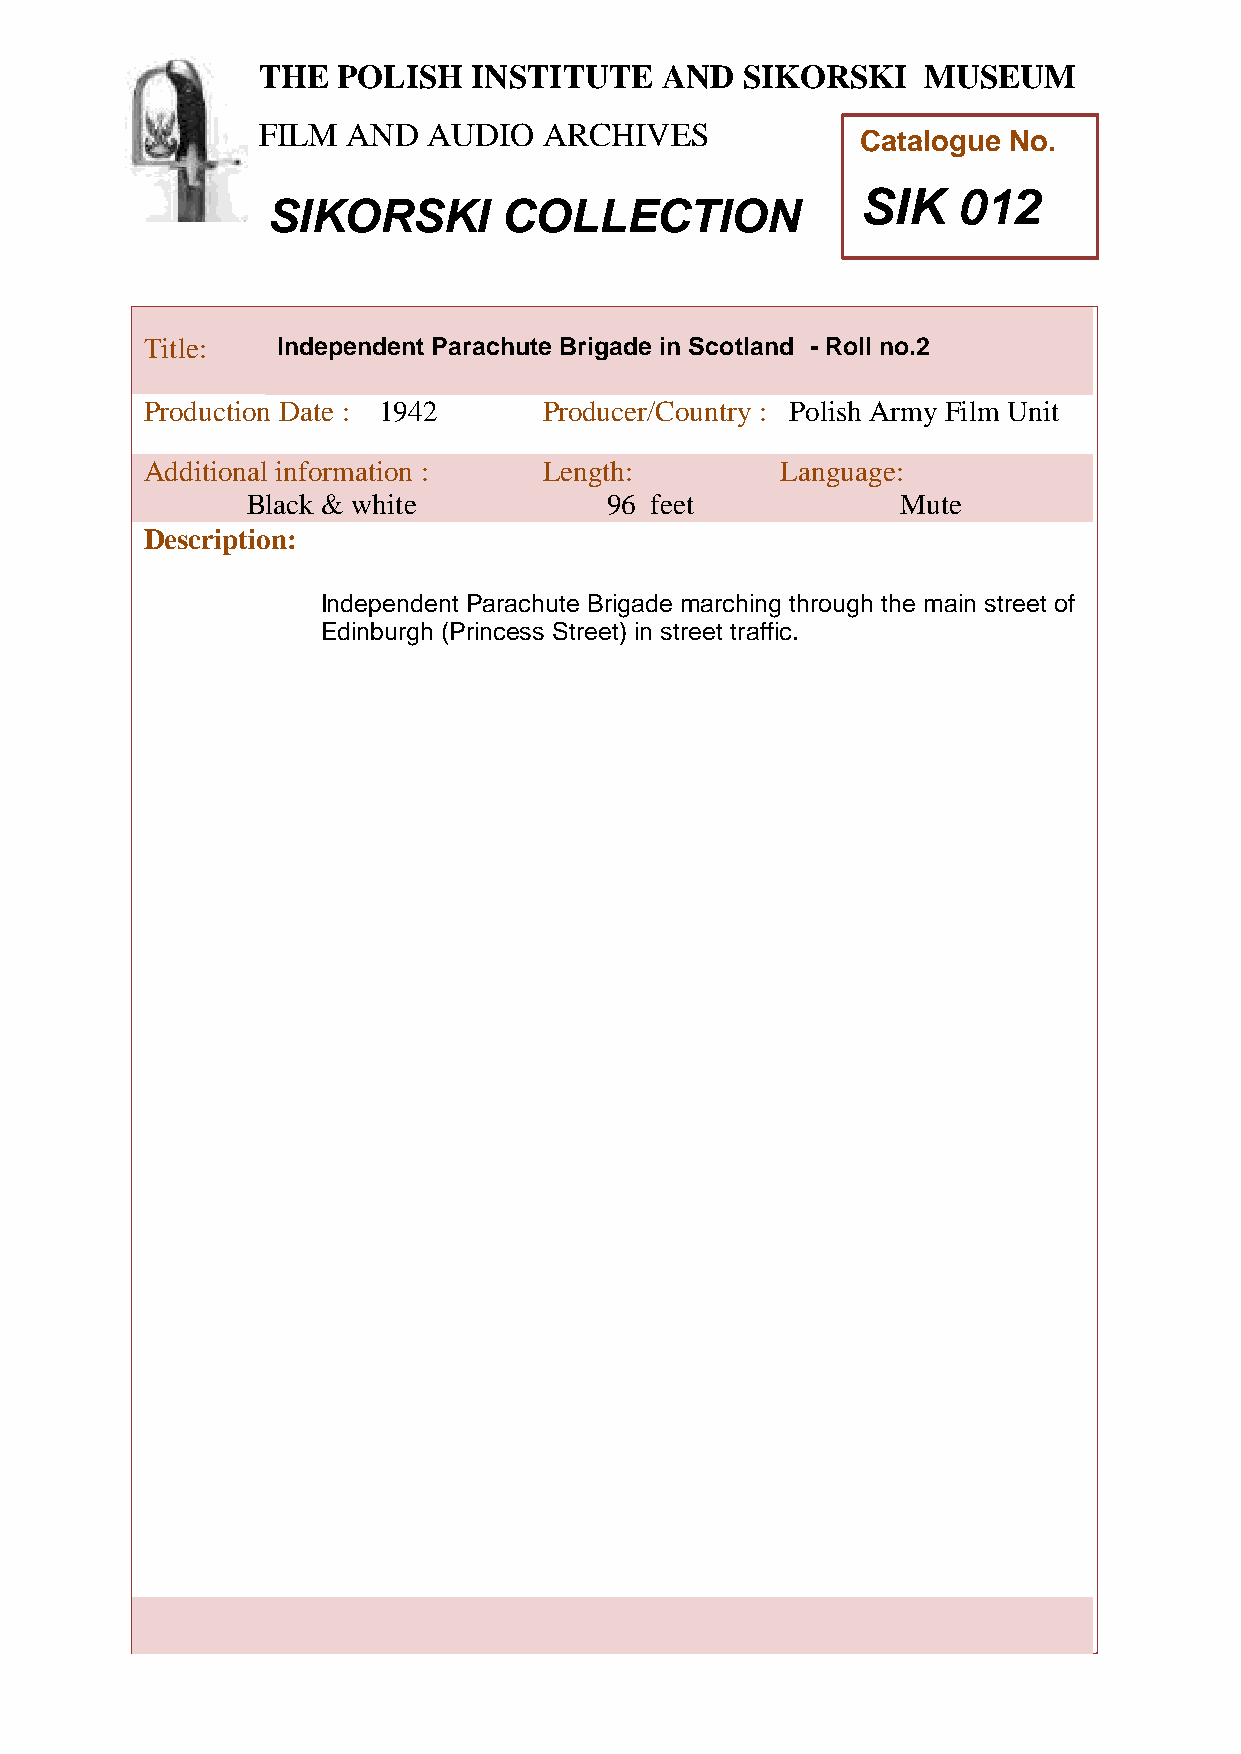
THE  POLISH   INSTITUTE    AND  SIKORSKI    MUSEUM
 FILM  AND  AUDIO   ARCHIVES
 Catalogue No.
 SIK   012
 SIKORSKI       COLLECTION
 TTitle:     Independent Parachute Brigade in Scotland - Roll no.2
 h
 Peroduction Date : 1942    Producer/Country : Polish Army Film Unit
 AddiPtional information :  Length:         Language:
 oBlack & white           96 feet             Mute
 l
 Descriptioni:
 s
 hIndependent Parachute Brigade marching through the main street of
 EdiInburgh (Princess Street) in street traffic.
 n
 s
 t
 i
 t
 u
 t
 e
 a
 n
 d
 S
 i
 k
 o
 r
 s
 k
 i
 M
 u
 s
 e
 u
 m